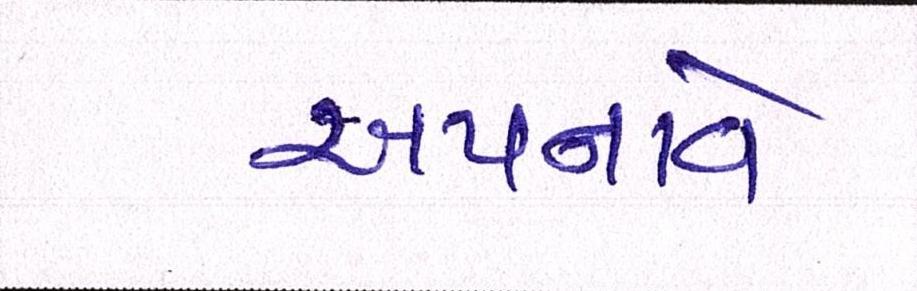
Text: અપનાવે